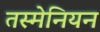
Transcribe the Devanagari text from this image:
तस्मेनियन